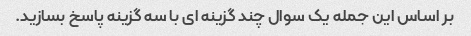
بر اساس این جمله یک سوال چند گزینه ای با سه گزینه پاسخ بسازید.